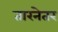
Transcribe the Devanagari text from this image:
तारनेतर